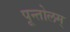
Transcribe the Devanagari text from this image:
पून्तोलम्